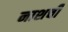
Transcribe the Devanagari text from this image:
नाशची